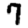
Digit: 7